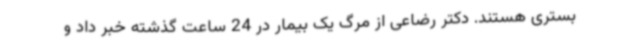
بستری هستند. دکتر رضاعی از مرگ یک بیمار در 24 ساعت گذشته خبر داد و